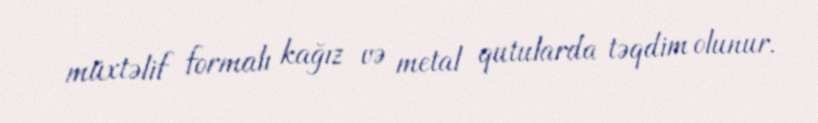
müxtəlif formalı kağız və metal qutularda təqdim olunur.